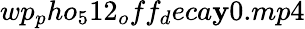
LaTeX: wp_{p}ho_{5}12_{o}ff_{d}eca\mathbf{y}0.mp4